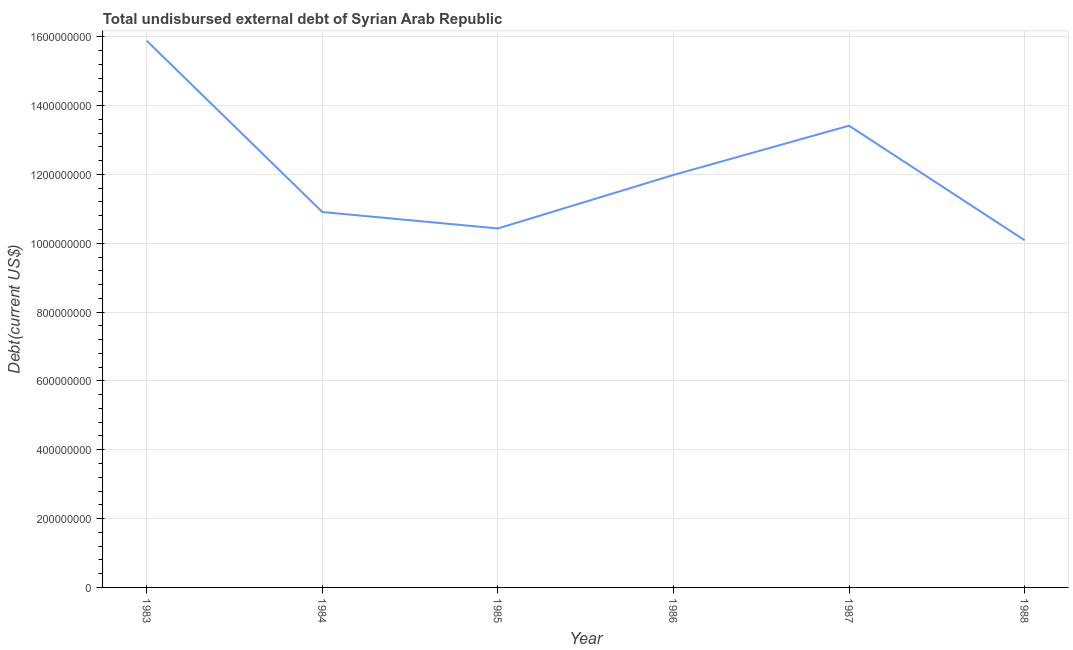
| Year | Total debt |
 | --- | --- |
 | 1983 | 1.59e+09 |
 | 1984 | 1.09e+09 |
 | 1985 | 1.04e+09 |
 | 1986 | 1.2e+09 |
 | 1987 | 1.34e+09 |
 | 1988 | 1.01e+09 |